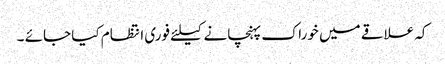
کہ علاقے میں خوراک پہنچانے کیلئے فوری انتظام کیا جائے ۔